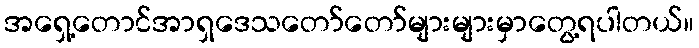
အရှေ့တောင်အာရှဒေသတော်တော်များများမှာတွေ့ရပါတယ်။